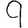
Digit: 9